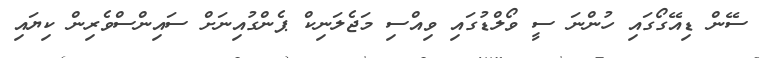
ސޭން ޑިއޭގޯގައި ހުންނަ ސީ ވޯލްޑުގައި ވިއްސި މަޖެލަނިކް ޕެެންގުއިނަަށް ސައިންސްވެރިން ކިޔައި